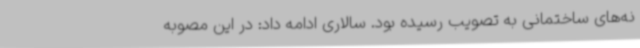
نه‌های ساختمانی به تصویب رسیده بود. سالاری ادامه داد: در این مصوبه